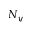
N _ { y }